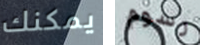
يمكنك رسوم